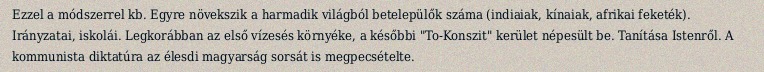
Ezzel a módszerrel kb. Egyre növekszik a harmadik világból betelepülők száma (indiaiak, kínaiak, afrikai feketék). Irányzatai, iskolái. Legkorábban az első vízesés környéke, a későbbi "To-Konszit" kerület népesült be. Tanítása Istenről. A kommunista diktatúra az élesdi magyarság sorsát is megpecsételte.